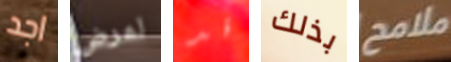
اجد لمرض قد بذلك ملامح